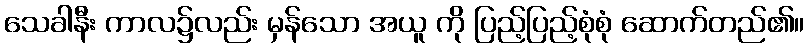
သေခါနီး ကာလ၌လည်း မှန်သော အယူ ကို ပြည့်ပြည့်စုံစုံ ဆောက်တည်၏။